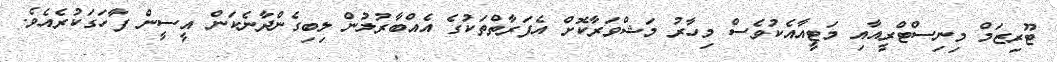
ޓޫރިޒަމް މިނިސްޓްރީއާއި މަޓީއާއެކުވެސް މިހާރު މަޝްވަރާކޮށް އެފަރާތްތަކުގެ އެއްބާރުލުން ލިބިގެންދާނެކަން އީސީން ފާހަގަކުރެއެވެ.